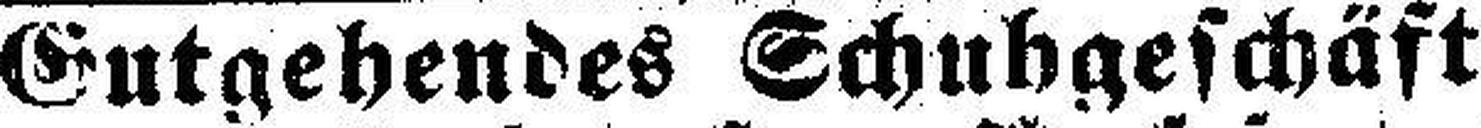
Gutgehendes Schuhgeschäft